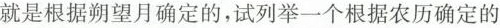
就是根据朔望月确定的，试列举一个根据农历确定的